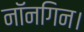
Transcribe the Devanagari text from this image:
नॉनगिन।